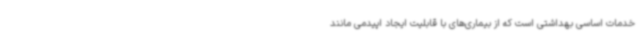
خدمات اساسی بهداشتی است که از بیماری‌های با قابلیت ایجاد اپیدمی مانند